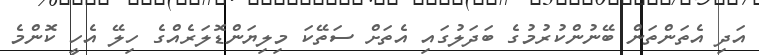
އަދި އެތަންތަން ބޭނުންކުރުމުގެ ބަދަލުގައި އެތަށް ސަތޭކަ މިލިޔަންޑޮލަރެއްގެ ހިލޭ އެހީ ކޮންމެ